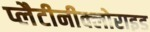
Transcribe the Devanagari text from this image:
प्लैटीनीक्लोराइड